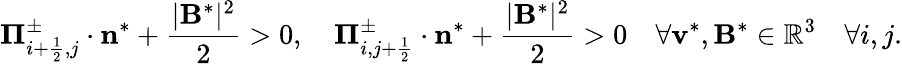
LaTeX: {\mathbf\Pi}_{i+\frac{1}{2},j}^{\pm}\cdot\mathbf{n}^{*}+\frac{|\mathbf{B}^{*}|^{2}}{2}>0,\quad{\mathbf\Pi}_{i,j+\frac{1}{2}}^{\pm}\cdot\mathbf{n}^{*}+\frac{|\mathbf{B}^{*}|^{2}}{2}>0\quad\forall\mathbf{v}^{*},\mathbf{B}^{*}\in\mathbb{R}^{3}\quad\forall i,j.